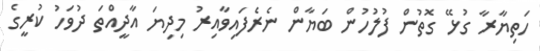
ހަތިޔާރާ ގުޅޭ ގޮތުން ފުލުހުން ބަޔާން ނެރެފައިވާއިރު މިދިޔަ އާދީއްތަ ދުވަހު ކުރީގެ